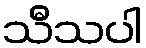
သီသပါ